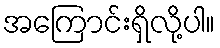
အကြောင်းရှိလို့ပါ။